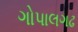
ગોપાલગઢ